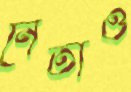
নেতাও